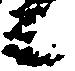
候